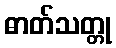
ဓာတ်သတ္တု